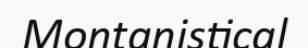
Montanistical